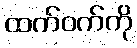
ထက်ဝက်ကို